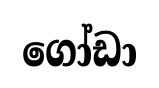
ගෝඩා